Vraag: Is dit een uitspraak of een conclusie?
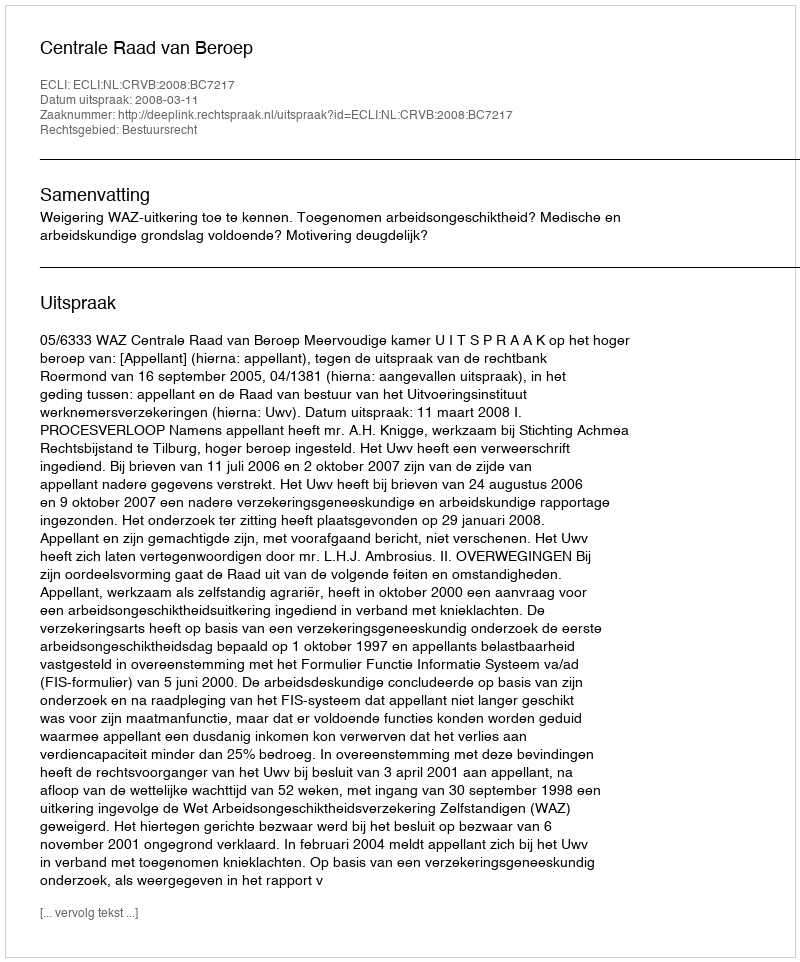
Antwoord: Uitspraak